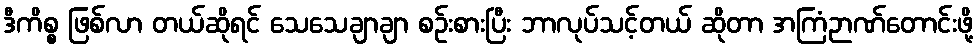
ဒီကိစ္စ ဖြစ်လာ တယ်ဆိုရင် သေသေချာချာ စဉ်းစားပြီး ဘာလုပ်သင့်တယ် ဆိုတာ အကြံဉာဏ်တောင်းဖို့